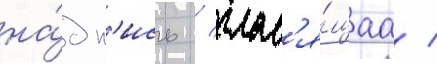
на́дп'ись / глас'я́щаа /